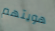
هويتهم